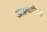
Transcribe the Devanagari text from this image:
आक्वातीका